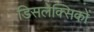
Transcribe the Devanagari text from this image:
डिसलेक्सिकों